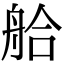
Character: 䑪